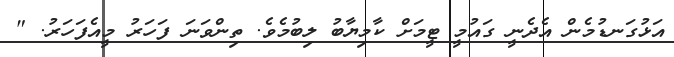
އަޅުގަނޑުމެން އެދެނީ ގައުމީ ޓީމަށް ކާމިޔާބު ލިބުމެވެ. ތިންވަނަ ފަހަރު މީއެފަހަރު. "